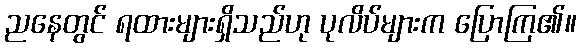
ညနေတွင် ရထားများရှိသည်ဟု ပုလိပ်များက ပြောကြ၏။